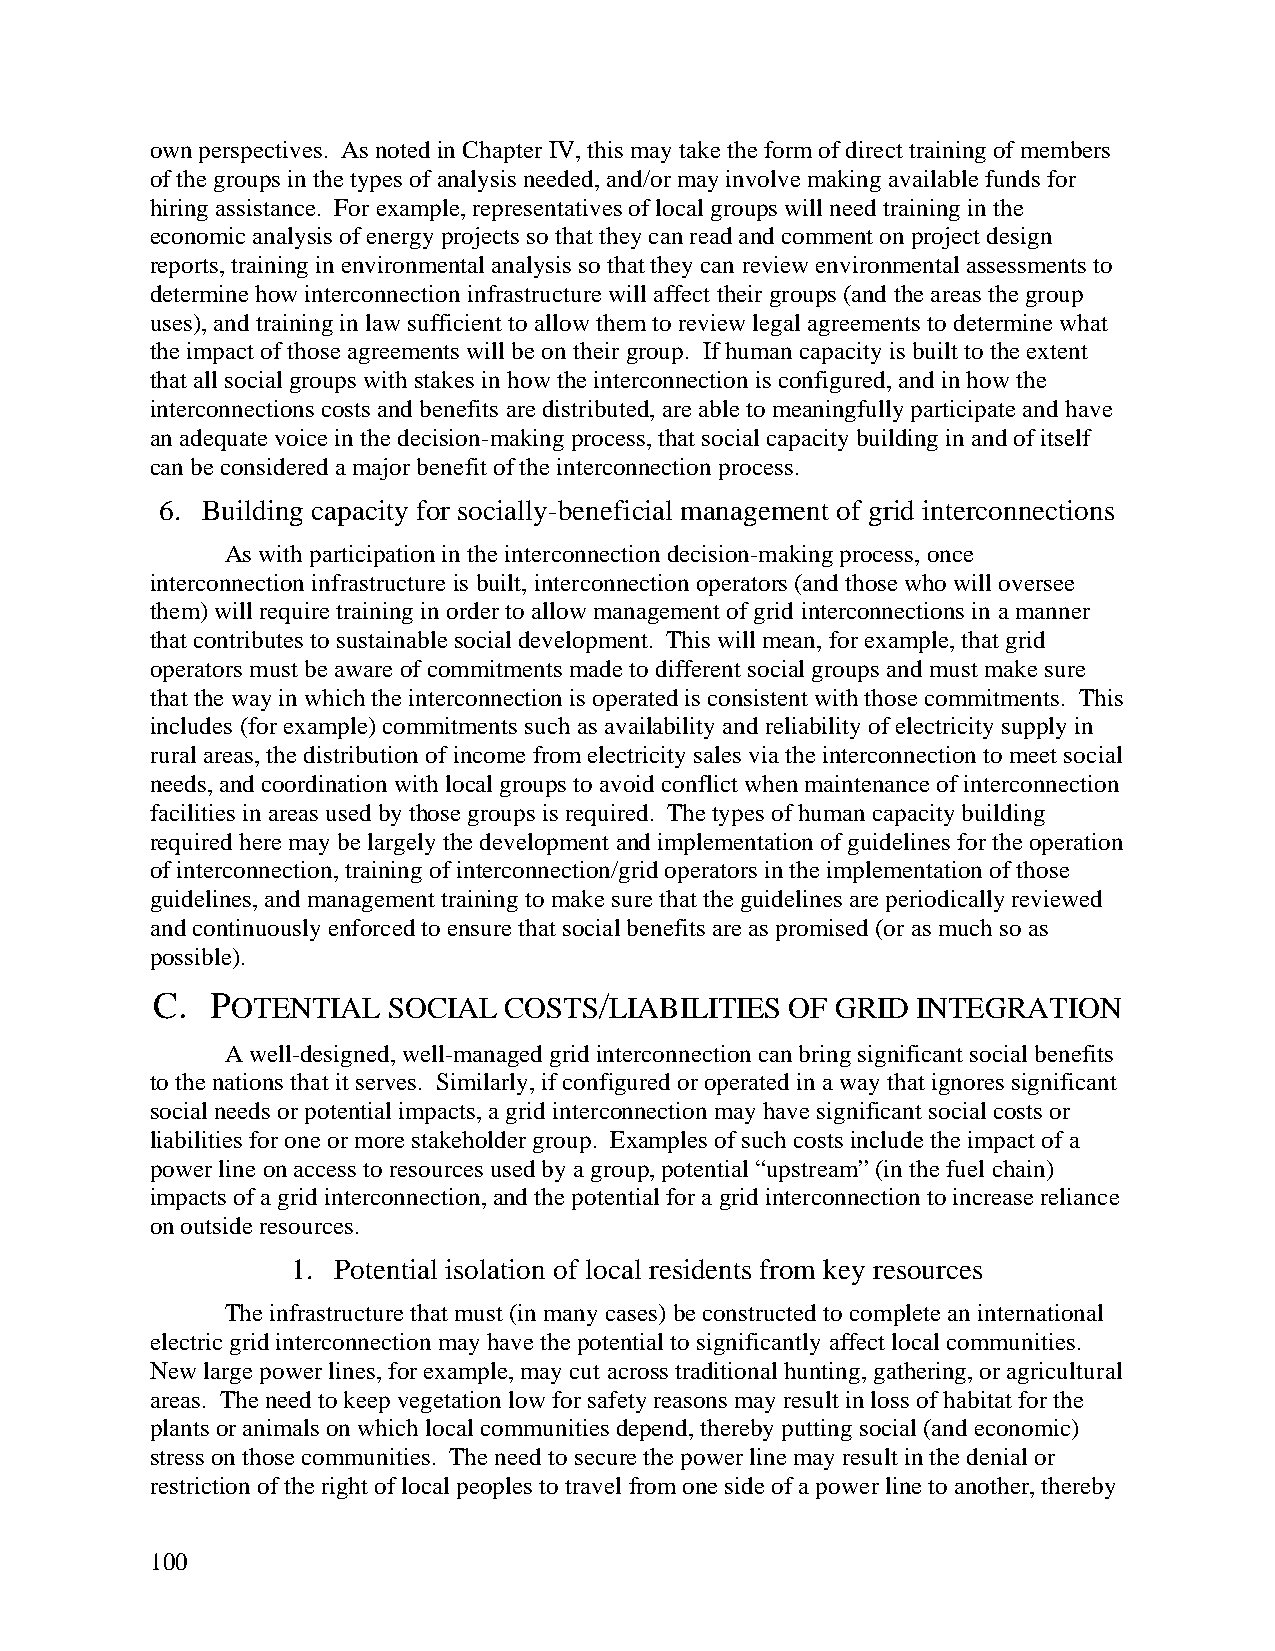
own perspectives. As noted in Chapter IV, this may take the form of direct training of members
 of the groups in the types of analysis needed, and/or may involve making available funds for
 hiring assistance. For example, representatives of local groups will need training in the
 economic analysis of energy projects so that they can read and comment on project design
 reports, training in environmental analysis so that they can review environmental assessments to
 determine how interconnection infrastructure will affect their groups (and the areas the group
 uses), and training in law sufficient to allow them to review legal agreements to determine what
 the impact of those agreements will be on their group. If human capacity is built to the extent
 that all social groups with stakes in how the interconnection is configured, and in how the
 interconnections costs and benefits are distributed, are able to meaningfully participate and have
 an adequate voice in the decision-making process, that social capacity building in and of itself
 can be considered a major benefit of the interconnection process.
 6. Building capacity for socially-beneficial management of grid interconnections
 As with participation in the interconnection decision-making process, once
 interconnection infrastructure is built, interconnection operators (and those who will oversee
 them) will require training in order to allow management of grid interconnections in a manner
 that contributes to sustainable social development. This will mean, for example, that grid
 operators must be aware of commitments made to different social groups and must make sure
 that the way in which the interconnection is operated is consistent with those commitments. This
 includes (for example) commitments such as availability and reliability of electricity supply in
 rural areas, the distribution of income from electricity sales via the interconnection to meet social
 needs, and coordination with local groups to avoid conflict when maintenance of interconnection
 facilities in areas used by those groups is required. The types of human capacity building
 required here may be largely the development and implementation of guidelines for the operation
 of interconnection, training of interconnection/grid operators in the implementation of those
 guidelines, and management training to make sure that the guidelines are periodically reviewed
 and continuously enforced to ensure that social benefits are as promised (or as much so as
 possible).
 C.  POTENTIAL   SOCIAL COSTS/LIABILITIES  OF GRID  INTEGRATION
 A well-designed, well-managed grid interconnection can bring significant social benefits
 to the nations that it serves. Similarly, if configured or operated in a way that ignores significant
 social needs or potential impacts, a grid interconnection may have significant social costs or
 liabilities for one or more stakeholder group. Examples of such costs include the impact of a
 power line on access to resources used by a group, potential “upstream” (in the fuel chain)
 impacts of a grid interconnection, and the potential for a grid interconnection to increase reliance
 on outside resources.
 1. Potential isolation of local residents from key resources
 The infrastructure that must (in many cases) be constructed to complete an international
 electric grid interconnection may have the potential to significantly affect local communities.
 New large power lines, for example, may cut across traditional hunting, gathering, or agricultural
 areas. The need to keep vegetation low for safety reasons may result in loss of habitat for the
 plants or animals on which local communities depend, thereby putting social (and economic)
 stress on those communities. The need to secure the power line may result in the denial or
 restriction of the right of local peoples to travel from one side of a power line to another, thereby
 100